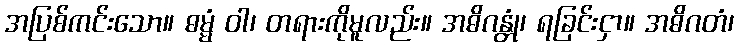
အပြစ်ကင်းသော။ ဓမ္မံ ဝါ၊ တရားကိုမူလည်း။ အဓိဂန္တုံ၊ ရခြင်းငှာ။ အဓိဂတံ၊